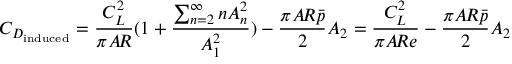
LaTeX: C _ { D _ { \mathrm { i n d u c e d } } } = { \frac { C _ { L } ^ { 2 } } { \pi A \! R } } ( 1 + { \frac { \sum _ { n = 2 } ^ { \infty } n A _ { n } ^ { 2 } } { A _ { 1 } ^ { 2 } } } ) - { \frac { \pi A \! R { \bar { p } } } { 2 } } A _ { 2 } = { \frac { C _ { L } ^ { 2 } } { \pi A \! R e } } - { \frac { \pi A \! R { \bar { p } } } { 2 } } A _ { 2 }